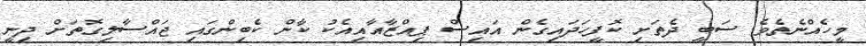
މީހެއްނެތެވެ. ސަބީ ދެތަށި ކޮފީހަދައިގެން އައިސް ޕިއްޒާއާއިއެކު ކާން ކެބިންގައި ޖައްސާލިގޮތަށް ދިނީ